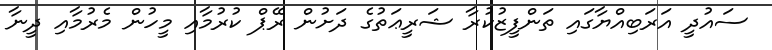
ސައުދީ އަރަބިއްޔާގައި ތަންފީޒުކުރާ ޝަރީޢަތުގެ ދަށުން ރޭޕް ކުރުމާއި މީހުން މެރުމާއި ދީނާ